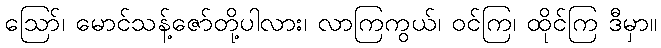
ဪ၊ မောင်သန့်ဇော်တို့ပါလား၊ လာကြကွယ်၊ ဝင်ကြ၊ ထိုင်ကြ ဒီမှာ။